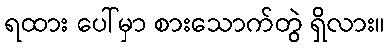
ရထား ပေါ်မှာ စားသောက်တွဲ ရှိလား။